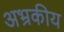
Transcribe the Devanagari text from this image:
अभ्रकीय